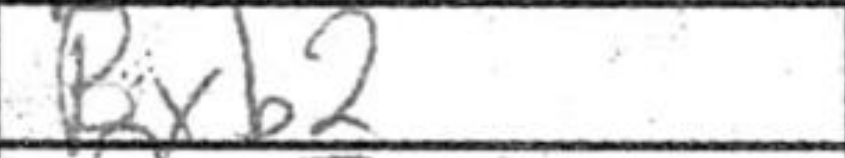
Transcription: Bxb2